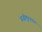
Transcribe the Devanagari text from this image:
अज़ीमुश्शान